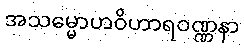
အသမ္မောဟဝိဟာရဝဏ္ဏနာ